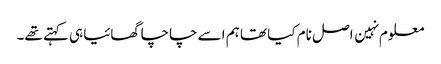
معلوم نہین اصل نام کیا تھا ہم اسے چاچا گھائیا ہی کہتے تھے۔